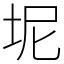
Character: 坭